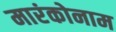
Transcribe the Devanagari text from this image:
मारंकोनाम